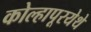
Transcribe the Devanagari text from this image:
कोल्हापूरयेथे